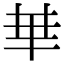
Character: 𠦒